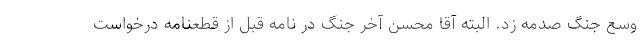
وسع جنگ صدمه زد. البته آقا محسن آخر جنگ در نامه قبل از قطعنامه درخواست